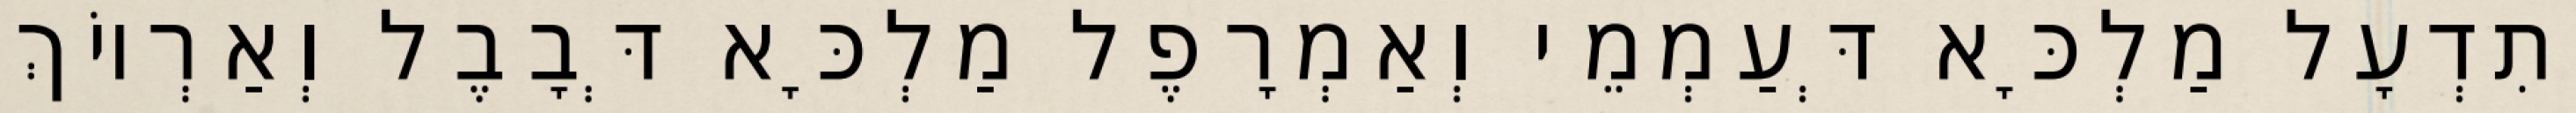
וְתִדְעָל מַלְכָּא דְּעַמְמֵי וְאַמְרָפֶל מַלְכָּא דְּבָבֶל וְאַרְיוֹךְ